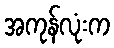
အကုန်လုံးက